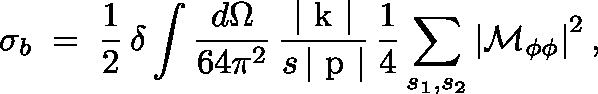
\sigma _ { b } \; = \; \frac { 1 } { 2 } \, \delta \int \frac { d \Omega } { 6 4 \pi ^ { 2 } } \, \frac { | { \mathrm { \boldmath ~ k ~ } } | } { s \, | { \mathrm { \boldmath ~ p ~ } } | } \, \frac { 1 } { 4 } \sum _ { s _ { 1 } , s _ { 2 } } \left| { \cal M } _ { \phi \phi } \right| ^ { 2 } ,